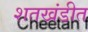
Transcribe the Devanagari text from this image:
शतखंडीत